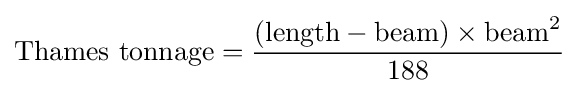
{\text{Thames tonnage}}={\frac {({\text{length}}-{\text{beam}})\times {\text{beam}}^{2}}{188}}